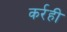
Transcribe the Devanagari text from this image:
कर्रही